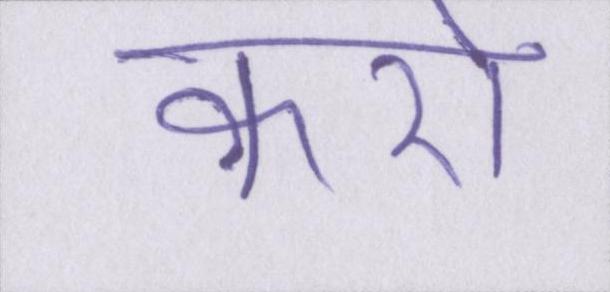
कारो